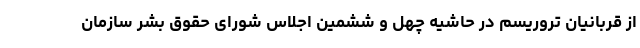
از قربانیان تروریسم در حاشیه چهل و ششمین اجلاس شورای حقوق بشر سازمان